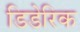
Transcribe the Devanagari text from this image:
डिडेरिक